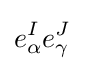
e_{\alpha }^{I}e_{\gamma }^{J}